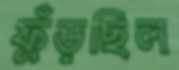
ফুঁড়ছিল